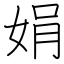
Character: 娟